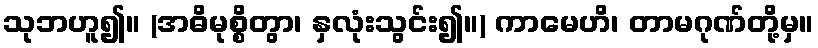
သုဘဟူ၍။ (အဓိမုစ္စိတွာ၊ နှလုံးသွင်း၍။) ကာမေဟိ၊ တာမဂုဏ်တို့မှ။